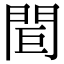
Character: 𨳽